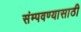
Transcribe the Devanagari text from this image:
संम्पवण्यासाठी